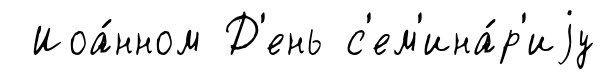
Иоа́нном Д'ень с'ем'ина́р'иjу